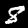
Digit: 8